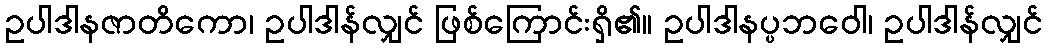
ဥပါဒါနဇာတိကော၊ ဥပါဒါန်လျှင် ဖြစ်ကြောင်းရှိ၏။ ဥပါဒါနပ္ပဘဝေါ၊ ဥပါဒါန်လျှင်